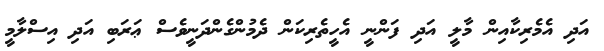
އަދި އެމެރިކާއިން މާލީ އަދި ފަންނީ އެހީތެރިކަން ދެމުންގެންދަނީވެސް ޢަރަބި އަދި އިސްލާމީ